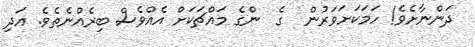
ދަންނާށެވެ! ހަމަކަށަވަރުން  ގެ  ންގެ މައްޗަކަށް އެއްވެސް ބިރެއްނެތެވެ. އަދި